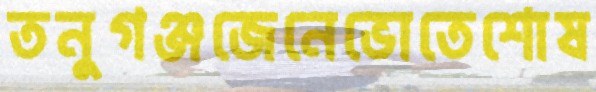
তনুগঞ্জজেনেভোতেশোষ